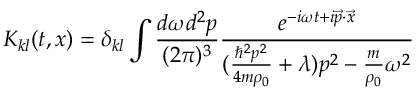
K _ { k l } ( t , x ) = \delta _ { k l } \int \frac { d \omega d ^ { 2 } p } { ( 2 \pi ) ^ { 3 } } \frac { e ^ { - i \omega t + i { \vec { p } } \cdot { \vec { x } } } } { ( \frac { \hbar ^ { 2 } p ^ { 2 } } { 4 m \rho _ { 0 } } + \lambda ) p ^ { 2 } - \frac { m } { \rho _ { 0 } } \omega ^ { 2 } }